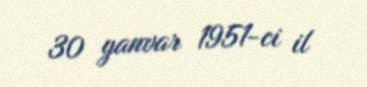
30 yanvar 1951-ci il